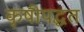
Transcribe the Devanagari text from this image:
कृषीपद्धत